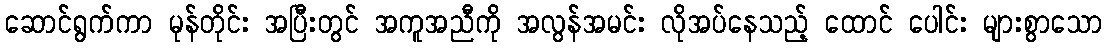
ဆောင်ရွက်ကာ မုန်တိုင်း အပြီးတွင် အကူအညီကို အလွန်အမင်း လိုအပ်နေသည့် ထောင် ပေါင်း များစွာသော